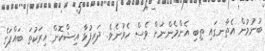
ބުނުމުން އެތާނގައި ތިބި އެންމެންނަށް ވެސް ހެވުނެެވެ. ދަރިފުޅާ އިޝްކޮން އިރަކުތަ ބައްޕަގެ